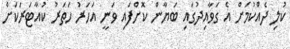
ކުލި ދެއްކުމަށް އެ ގަވާއިދުގައި ބަޔާން ކޮށްފައި ވަނީ އަހަރު ހަތަރު ކުއާޓަރަކަށް